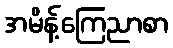
အမိန့်ကြေညာစာ